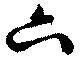
六